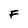
Character: F